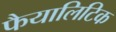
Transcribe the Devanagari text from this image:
फैयालिटिक